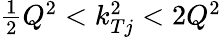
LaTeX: \textstyle{\frac{1}{2}}Q^{2}<k_{Tj}^{2}<2Q^{2}